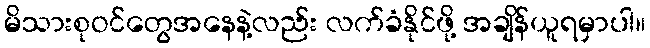
မိသားစုဝင်တွေအနေနဲ့လည်း လက်ခံနိုင်ဖို့ အချိန်ယူရမှာပါ။